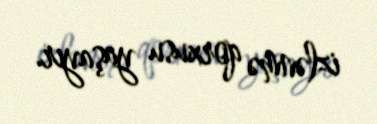
izlənmə qorxusu yaşayır.